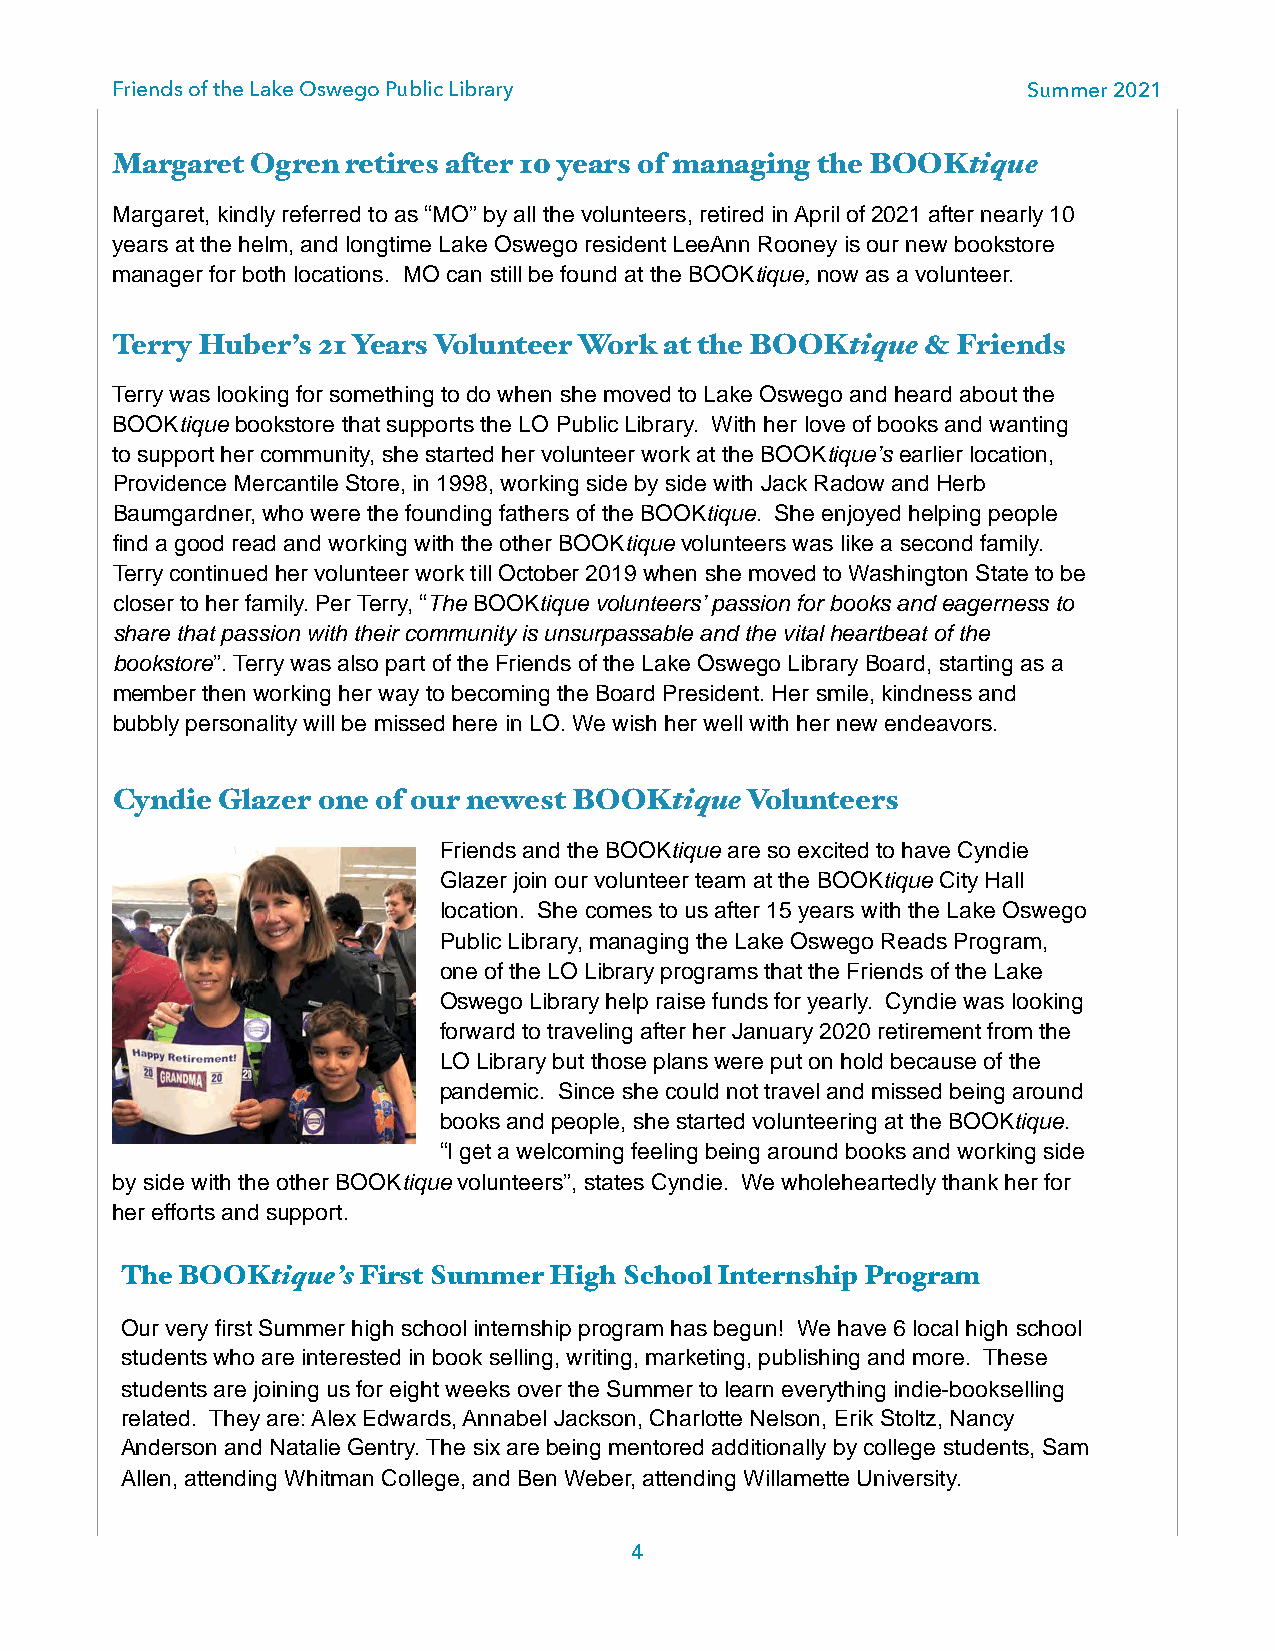
Friends of the Lake Oswego Public Library                    Summer 2021
 Margaret  Ogren retires after 10 years of managing the BOOKtique
 Margaret, kindly referred to as “MO” by all the volunteers, retired in April of 2021 after nearly 10
 years at the helm, and longtime Lake Oswego resident LeeAnn Rooney is our new bookstore
 manager for both locations. MO can still be found at the BOOKtique, now as a volunteer.
 Terry Huber’s 21 Years Volunteer Work at the BOOKtique & Friends
 Terry was looking for something to do when she moved to Lake Oswego and heard about the
 BOOKtique bookstore that supports the LO Public Library. With her love of books and wanting
 to support her community, she started her volunteer work at the BOOKtique’s earlier location,
 Providence Mercantile Store, in 1998, working side by side with Jack Radow and Herb
 Baumgardner, who were the founding fathers of the BOOKtique. She enjoyed helping people
 find a good read and working with the other BOOKtique volunteers was like a second family.
 Terry continued her volunteer work till October 2019 when she moved to Washington State to be
 closer to her family. Per Terry, “The BOOKtique volunteers’ passion for books and eagerness to
 share that passion with their community is unsurpassable and the vital heartbeat of the
 bookstore”. Terry was also part of the Friends of the Lake Oswego Library Board, starting as a
 member then working her way to becoming the Board President. Her smile, kindness and
 bubbly personality will be missed here in LO. We wish her well with her new endeavors.
 Cyndie Glazer one of our newest BOOKtique Volunteers
 Friends and the BOOKtique are so excited to have Cyndie
 Glazer join our volunteer team at the BOOKtique City Hall
 location. She comes to us after 15 years with the Lake Oswego
 Public Library, managing the Lake Oswego Reads Program,
 one of the LO Library programs that the Friends of the Lake
 Oswego Library help raise funds for yearly. Cyndie was looking
 forward to traveling after her January 2020 retirement from the
 LO Library but those plans were put on hold because of the
 pandemic. Since she could not travel and missed being around
 books and people, she started volunteering at the BOOKtique.
 “I get a welcoming feeling being around books and working side
 by side with the other BOOKtique volunteers”, states Cyndie. We wholeheartedly thank her for
 her efforts and support.
 The BOOKtique’s First Summer High School Internship Program
 Our very first Summer high school internship program has begun! We have 6 local high school
 students who are interested in book selling, writing, marketing, publishing and more. These
 students are joining us for eight weeks over the Summer to learn everything indie-bookselling
 related. They are: Alex Edwards, Annabel Jackson, Charlotte Nelson, Erik Stoltz, Nancy
 Anderson and Natalie Gentry. The six are being mentored additionally by college students, Sam
 Allen, attending Whitman College, and Ben Weber, attending Willamette University.
 4